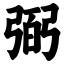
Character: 弼